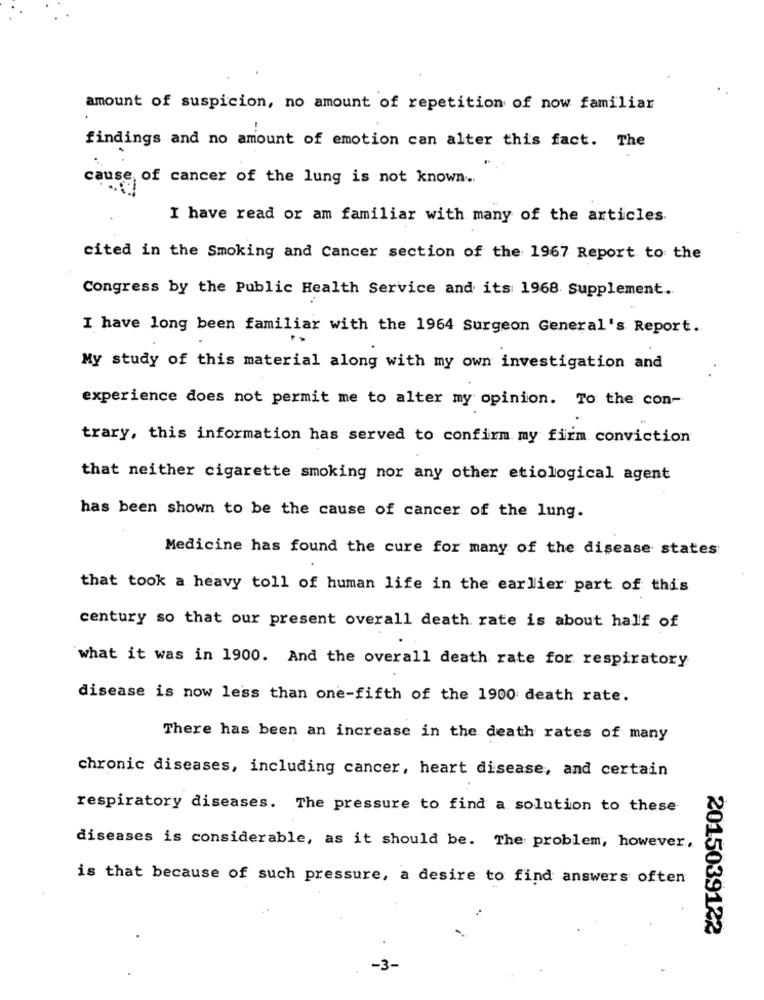
amount of suspicion, no amount of repetition of now familiar
findings and no amount of emotion can alter this fact. The
cause of cancer of the lung is not known ..
I have read or am familiar with many of the articles.
cited in the Smoking and Cancer section of the 1967 Report to the
Congress by the Public Health Service and its: 1968 supplement ..
I have long been familiar with the 1964 Surgeon General's Report.
My study of this material along with my own investigation and
experience does not permit me to alter my opinion. To the con-
trary, this information has served to confirm my firm conviction
that neither cigarette smoking nor any other etiological agent
has been shown to be the cause of cancer of the lung.
Medicine has found the cure for many of the disease states
that took a heavy toll of human life in the earlier part of this
century so that our present overall death rate is about half of
what it was in 1900. And the overall death rate for respiratory
disease is now less than one-fifth of the 1900 death rate.
There has been an increase in the death rates of many
chronic diseases, including cancer, heart disease, and certain
respiratory diseases. The pressure to find a solution to these
diseases is considerable, as it should be. The problem, however,
is that because of such pressure, a desire to find answers often
2015039122
-3-